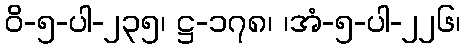
ဝိ-၅-ပါ-၂၃၅၊ ဋ္ဌ-၁၇၈၊ ၊အံ-၅-ပါ-၂၂၆၊